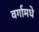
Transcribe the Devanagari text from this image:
वर्गामधे